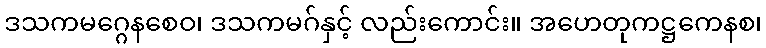
ဒသကမဂ္ဂေနစေဝ၊ ဒသကမဂ်နှင့် လည်းကောင်း။ အဟေတုကဋ္ဌကေနစ၊